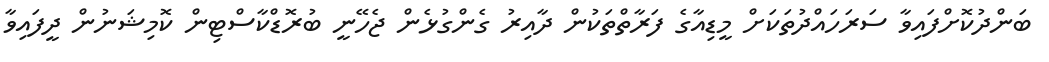
ބަންދުކޮށްފައިވާ ސަރަހައްދުތަކަށް މީޑިއާގެ ފަރާތްތަކުން ދާއިރު ގެންގުޅެން ޖެހޭނީ ބުރޮޑްކާސްޓިން ކޮމިޝަނުން ދީފައިވާ